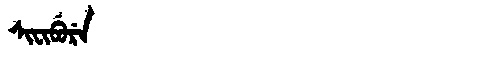
Manchu: ᠰᡳᠸᡳᠪᡠᡵᡝ
Romanization: SIFIBURE